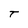
Character: T